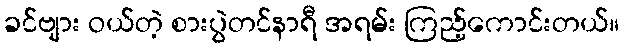
ခင်ဗျား ဝယ်တဲ့ စားပွဲတင်နာရီ အရမ်း ကြည့်ကောင်းတယ်။